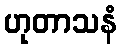
ဟုတာသနံ